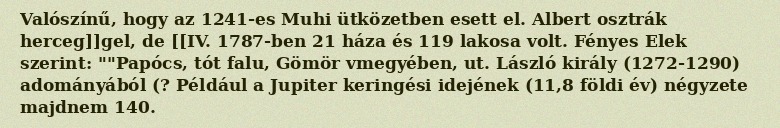
Valószínű, hogy az 1241-es Muhi ütközetben esett el. Albert osztrák herceg]]gel, de [[IV. 1787-ben 21 háza és 119 lakosa volt. Fényes Elek szerint: ""Papócs, tót falu, Gömör vmegyében, ut. László király (1272-1290) adományából (? Például a Jupiter keringési idejének (11,8 földi év) négyzete majdnem 140.